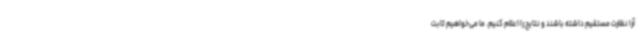
آرا نظارت مستقیم داشته باشند و نتایج را اعلام کنیم. ما می‌خواهیم ثابت